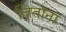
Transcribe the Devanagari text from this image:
जिताना